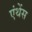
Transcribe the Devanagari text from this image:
एंथेंस